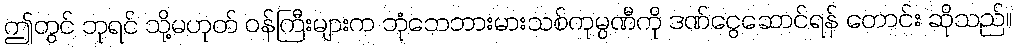
ဤတွင် ဘုရင် သို့မဟုတ် ဝန်ကြီးများက ဘုံဘေဘားမားသစ်ကုမ္ပဏီကို ဒဏ်ငွေဆောင်ရန် တောင်း ဆိုသည်။